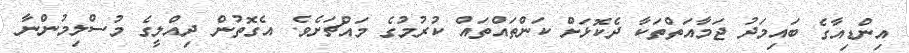
އިންޑިއާގެ ބައިމަދު ޖަމާއަތްތަކާ ދެކޮޅަށް ކަންތައްތައް ކުރުމުގެ މައްޗަށެވެ. އެގޮތުން ދިއްލީގެ މުސްލިމުންނާ